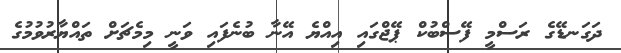
ދަގަނޑޭގެ ރަސްމީ ފޭސްބުކް ޕޭޖްގައި އިއްޔެ އޭނާ ބުނެފައި ވަނީ މިމެޗަށް ތައްޔާރުވުމުގެ